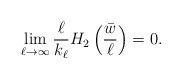
LaTeX: \begin{align*}\lim_{\ell \to \infty} \frac{\ell}{k_{\ell}} H_2 \left( \frac{\bar{w}}{\ell} \right) = 0 .\end{align*}